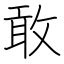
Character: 敢